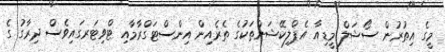
މީގެ އިތުރުން ސޯޝަލް މީޑިއާ އެޕްލިކޭޝަންތަކުގެ ތެރެއިން އިންސްޓަގްރާމާއި ޓްވިޓަރގައިވެސް ދިރާގު ގެ